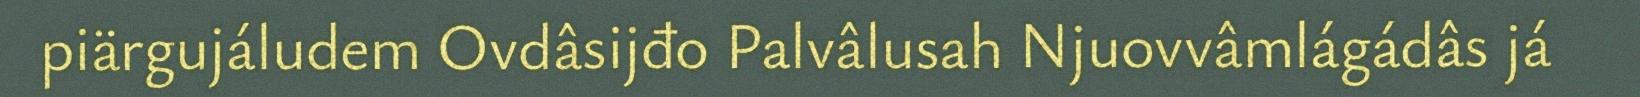
piärgujáludem Ovdâsijđo Palvâlusah Njuovvâmlágádâs já